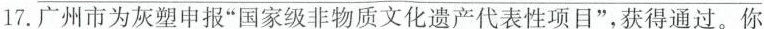
17.广州市为灰塑申报”国家级非物质文化遗产代表性项目”，获得通过。你